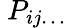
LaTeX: \ P_{ij\ldots}